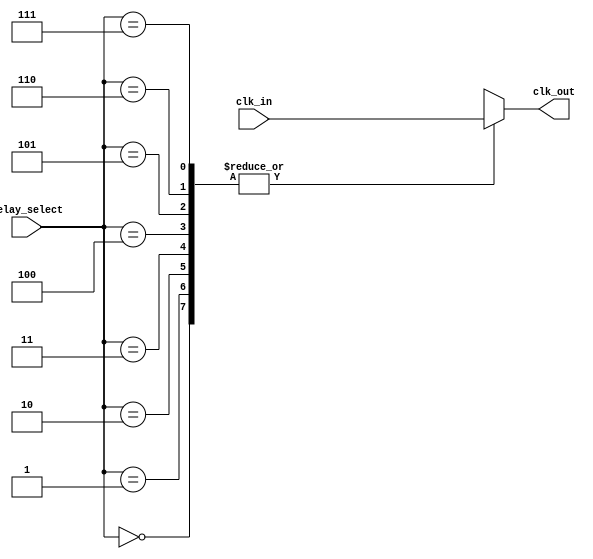
module DelayClockBuffer (
    input wire clk_in,             // Input clock signal
    input wire [2:0] delay_select, // Control signal for delay selection (3 bits for 8 delay stages)
    output reg clk_out             // Output delayed clock signal
);

    // Define the number of delay stages
    parameter NUM_DELAY_STAGES = 8;

    // Internal signals for delay stages
    wire [NUM_DELAY_STAGES-1:0] delay_stages;

    // Generate delay stages using buffers
    genvar i;
    generate
        for (i = 0; i < NUM_DELAY_STAGES; i = i + 1) begin : delay_chain
            if (i == 0) begin
                // First stage directly connected to the input clock
                assign delay_stages[i] = clk_in;
            end else begin
                // Subsequent stages are simple buffers
                assign delay_stages[i] = delay_stages[i-1];
            end
        end
    endgenerate

    // Output clock is selected based on delay_select
    always @(*) begin
        case (delay_select)
            3'b000: clk_out = delay_stages[0]; // No delay
            3'b001: clk_out = delay_stages[1]; // 1 stage delay
            3'b010: clk_out = delay_stages[2]; // 2 stages delay
            3'b011: clk_out = delay_stages[3]; // 3 stages delay
            3'b100: clk_out = delay_stages[4]; // 4 stages delay
            3'b101: clk_out = delay_stages[5]; // 5 stages delay
            3'b110: clk_out = delay_stages[6]; // 6 stages delay
            3'b111: clk_out = delay_stages[7]; // 7 stages delay
            default: clk_out = clk_in;          // Default to input clock
        endcase
    end

endmodule